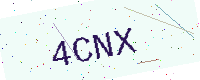
Text: 4CNX